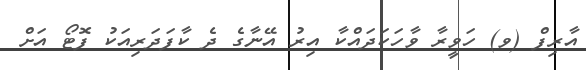
އާރިފް (ވ) ހަވީރާ ވާހަކަދައްކާ އިރު އޭނާގެ ދެ ކާފަދަރިއަކު ފޮޓޯ އަށް